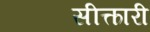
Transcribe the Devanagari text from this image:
सीत्कारी